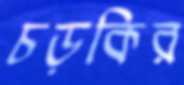
চড়কির